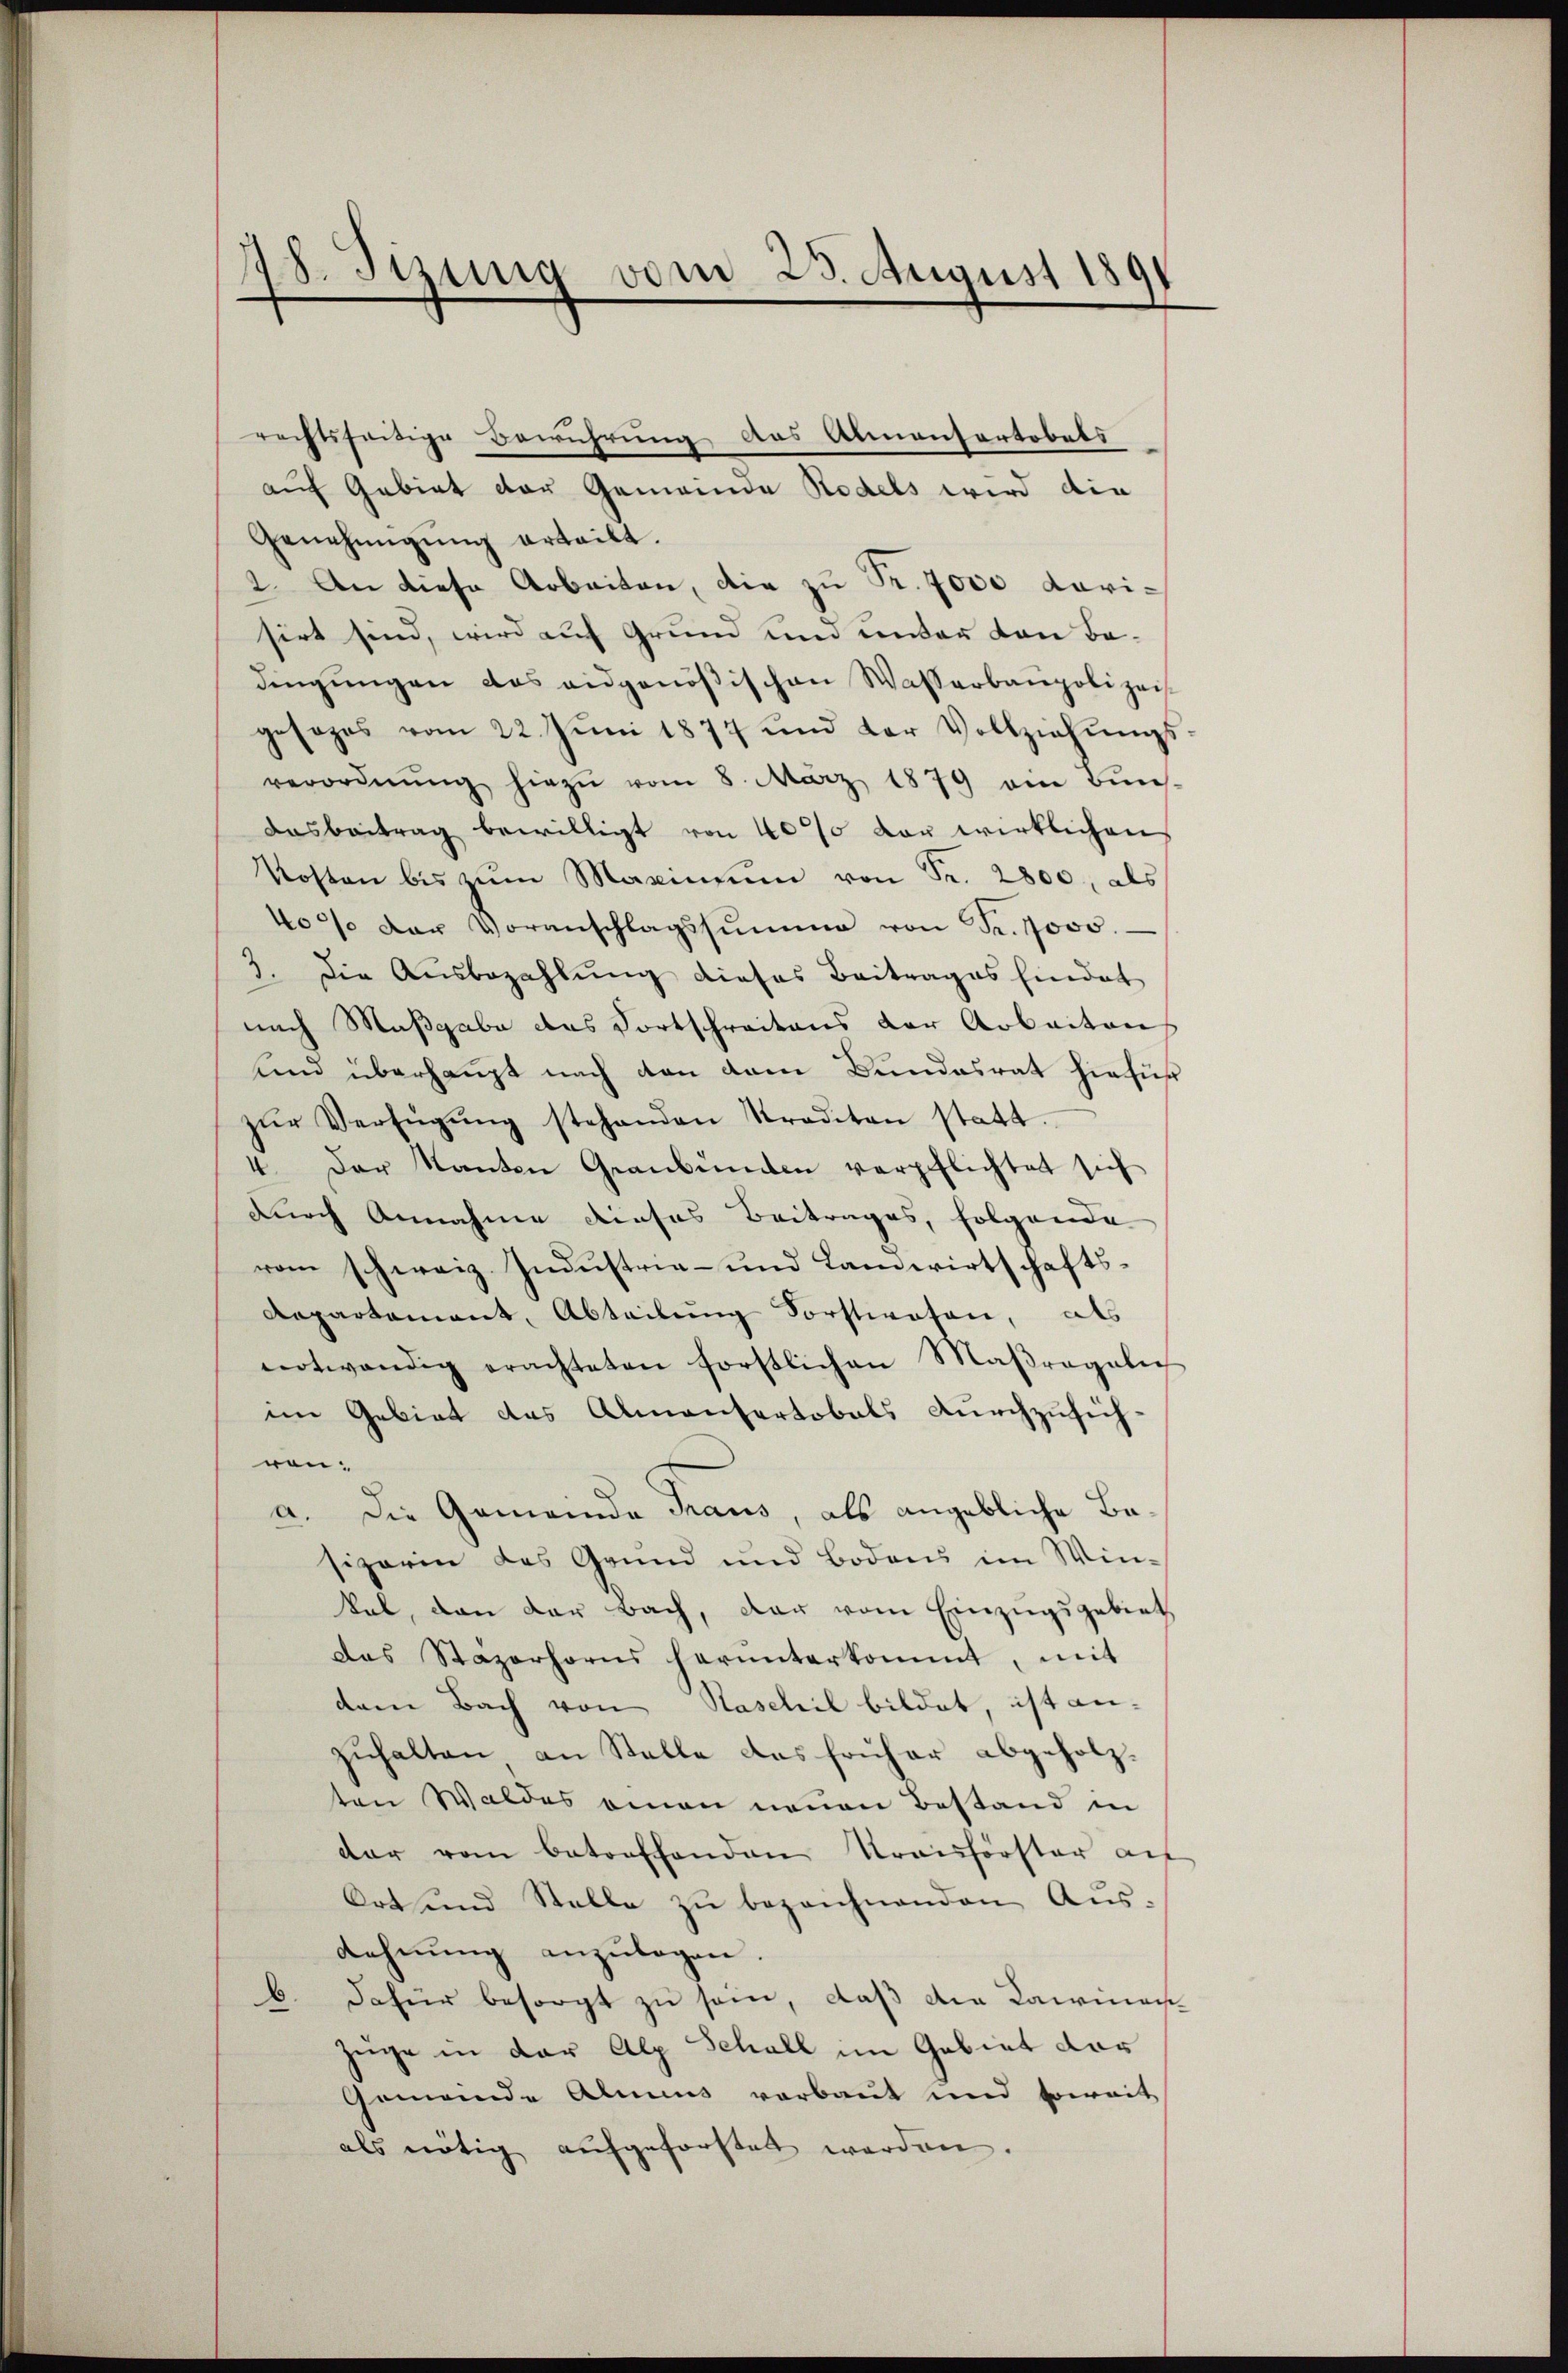
18. Sizung vom 25. August 1891

rechtsseitige Berührung aus Almonsortobels
auf Gebiet der Gemeinde Rodels wird die
Genehmigŭng erteilt.
2. An diese Arbeiten, die zu Fr. 7000 darisirt sind, wird auf Grund und unter von Bedingŭngen das eidgenößischen Wasserbaupolizei
gesages vom 22. Jŭni 1877 und der Vollziehŭngs-
verordnŭng hiezŭ vom 8. März 1879 ein Bŭns-
Dasbeitrag bewilligt von 40% von wirklichen
Kosten bis zŭm Maximum von Fr. 2800, als
40% der Voranschlagssumme von Fr. 7000.
3. Die Ausbezahlung dieses Beitrages hindet
nach Maßgabe des Fortschreitens der Arbeiten
und überhaupt nach von dem Bundesrat hiefür
zŭr Verfügŭng stehenden Krediten statt.
4. Der Kanton Graubünden verpflichtet sich
durch Annahme dieses Beitrages, folgende
rom schweiz. Industrie- und Landwirtschafts¬
Repartament, Abteilŭng Sorstwesen, als
notwendig erachteten forstlichen Maβragali
im Gebiet das Almensertobals durchzusichren;
a. Die Gemeinde Traus, als angebliche Basizerin des Grund und Bodens im Winkal, dan der Bach, der vom Einzŭgsgebiet
Das Staperhorns harunterkommt, mit
dem Bach von Haschil bildet, ist anzŭhalten an Stelle das früher abgeholz-
ten Waldes omnen neuen Bestand in
dar vom betreffenden Kreisförster auf
Ort und Stelle zŭ bezeichnenden Aŭs-
dehnung anzulegen.
b. dafür besorgt zu sei, daß die Kaminach
Zeige in der Alp Schall im Gebiet das
Gemeinde Almius verbaut und soweit
als nötig aufgeforstet werden.